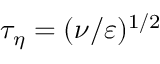
\tau _ { \eta } = ( \nu / \varepsilon ) ^ { 1 / 2 }